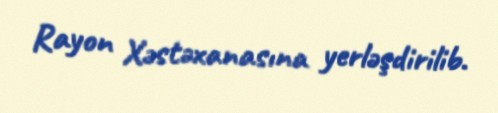
Rayon Xəstəxanasına yerləşdirilib.